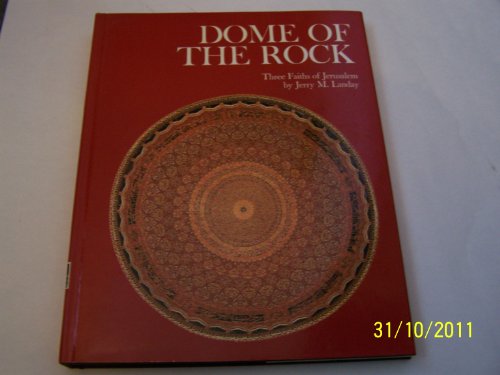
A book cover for Dome of the Rock; Jerry M. Landay; Travel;